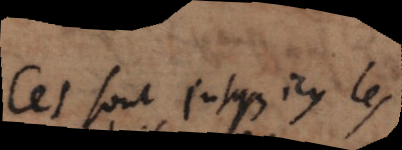
Ces sont jusqu’icy les